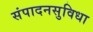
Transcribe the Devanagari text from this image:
संपादनसुविधा